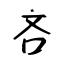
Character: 吝